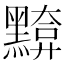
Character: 𪒈